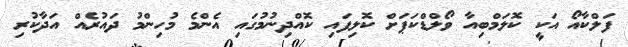
ފަލްކާއޯ އަކީ ކޮލަމްބިއާ ވޯލްޑްކަޕަށް ކޮލިފައި ކޮއްދިނުމުގައި އެންމެ މުހިންމު ދައުރެއް އަދާކުރި